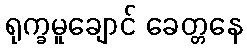
ရုက္ခမူချောင် ခေတ္တနေ